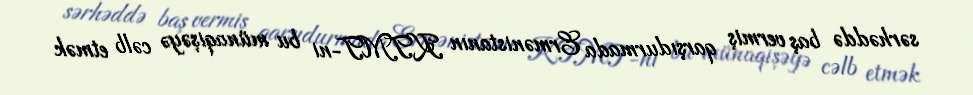
sərhəddə baş vermiş qarşıdurmada Ermənistanın KTMT-ni bu münaqişəyə cəlb etmək